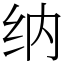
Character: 纳